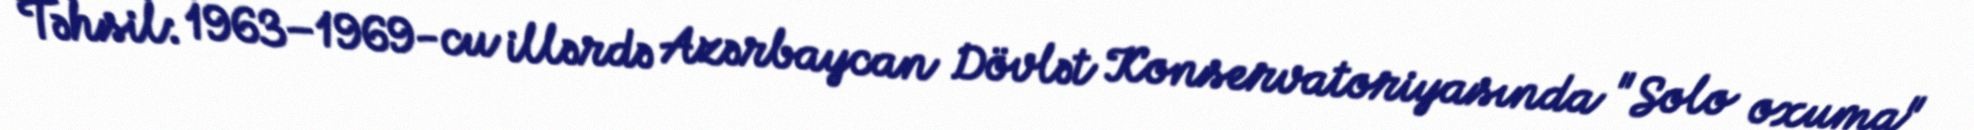
Təhsil: 1963–1969-cu illərdə Azərbaycan Dövlət Konservatoriyasında "Solo oxuma"